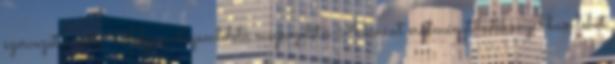
szervezet javára. Folyamatszemléletű megközelítés A kívánt eredményt hatékonyabban lehet